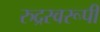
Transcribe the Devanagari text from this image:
रुद्रस्वरूपी